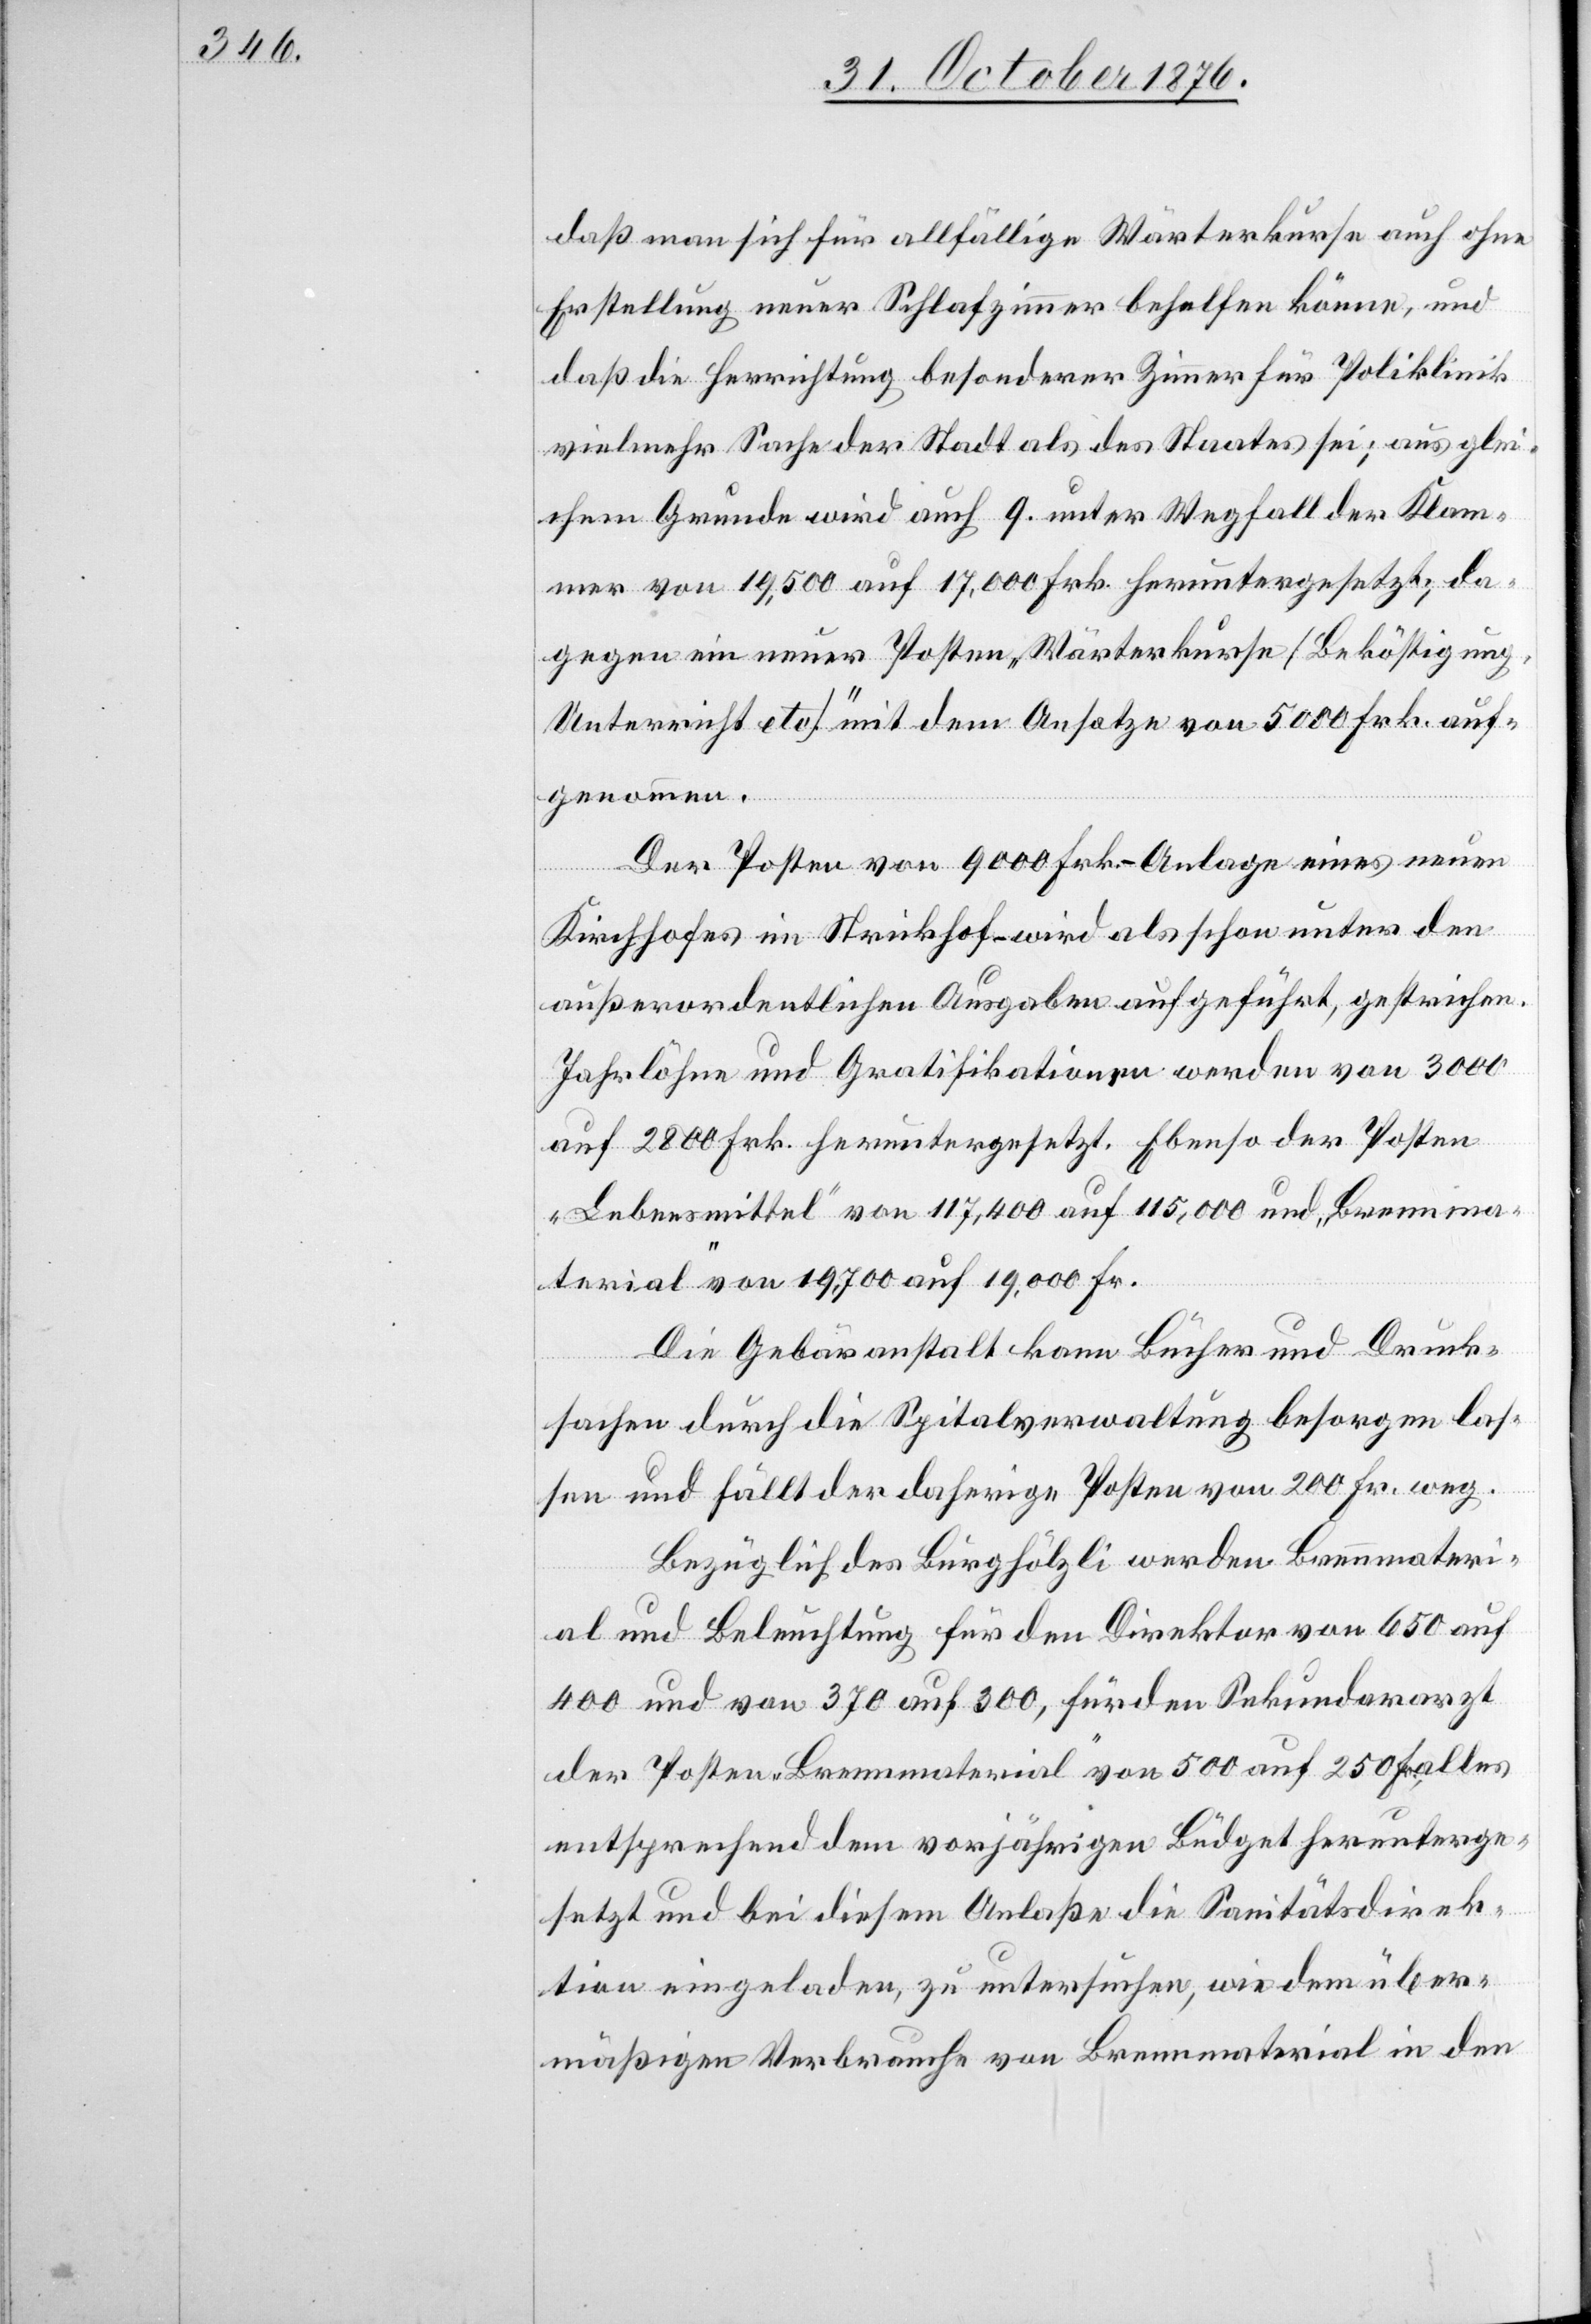
daß man sich für allfällige Wärterkurse auch ohne
Erstellung neuer Schlafzimmer helfen könne, und
daß die Herrichtung besonderer Zimmer für Poliklinik
vielmehr Sache der Stadt als des Staates sei; aus glei¬
chem Grunde wird auch 9. unter Wegfall der Klam¬
mer von 19,500 auf 17,000 Frk. heruntergesetzt; da¬
gegen ein neuer Posten „Wärterkurse [Beköstigung,
Unterricht etc.]“ mit dem Ansatze von 5000 Frk. auf¬
genommen.
Der Posten von 9000 Frk. – Anlage eines neuen
Kirchhofes im Strickhof – wird als schon unter den
außerordentlichen Ausgaben aufgeführt, gestrichen.
Jahrlöhne und Gratifikationen werden von 3000
auf 2800 Frk. heruntergesetzt. Ebenso der Posten
„Lebensmittel“ von 117,400 auf 115,000 und „Brennma¬
terial“ von 19,700 auf 19,000 Fr.
Die Gebäranstalt kann Bücher und Druck¬
sachen durch die Spitalverwaltung besorgen las¬
sen und fällt der daherige Posten von 200 Fr. weg.
Bezüglich des Burghölzli werden Brennmateri¬
al und Beleuchtung für den Direktor von 650 auf
400 und von 370 auf 300, für den Sekundararzt
der Posten „Brennmaterial“ von 500 auf 250 Fr., alles
entsprechend dem vorjährigen Büdget herunterge¬
setzt und bei diesem Anlaße die Sanitätsdirek¬
tion eingeladen, zu untersuchen, wie dem über¬
mäßigen Verbrauche von Brennmaterial in den